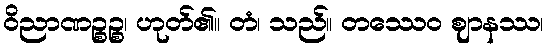
ဝိညာဏဉ္စဉ္စ၊ ဟုတ်၏။ တံ၊ သည်။ တဿေဝ ဈာနဿ၊